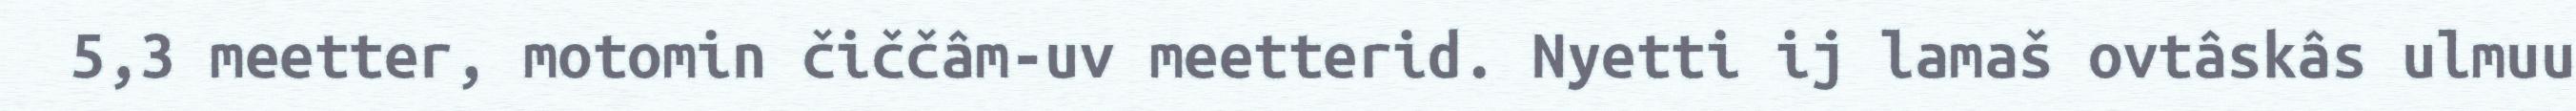
5,3 meetter, motomin čiččâm-uv meetterid. Nyetti ij lamaš ovtâskâs ulmuu